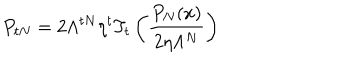
P _ { t N } = 2 \Lambda ^ { t N } \eta ^ { t } T _ { t } \left( \frac { P _ { N } ( x ) } { 2 \eta \Lambda ^ { N } } \right)